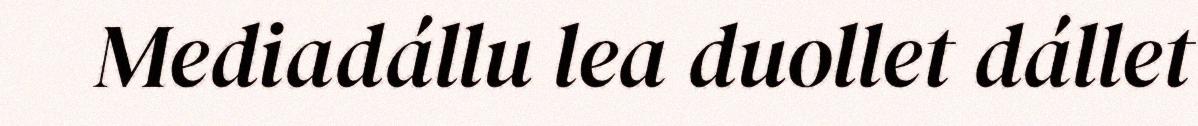
Mediadállu lea duollet dállet